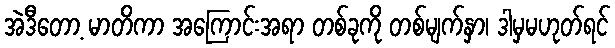
အဲဒီတော့ မာတိကာ အကြောင်းအရာ တစ်ခုကို တစ်မျက်နှာ၊ ဒါမှမဟုတ်ရင်